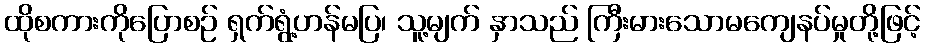
ထိုစကားကိုပြောစဉ် ရှက်ရွံ့ဟန်မပြ၊ သူ့မျက် နှာသည် ကြီးမားသောမကျေနပ်မှုတို့ဖြင့်